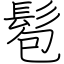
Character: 髱